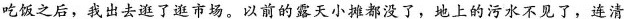
吃饭之后，我出去逛了逛市场。以前的露天小摊都没了，地上的污水不见了，连清